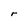
Character: r